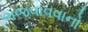
ભજવાવવાનો